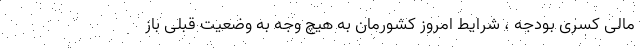
مالی کسری بودجه ، شرایط امروز کشورمان به هیچ وجه به وضعیت قبلی باز